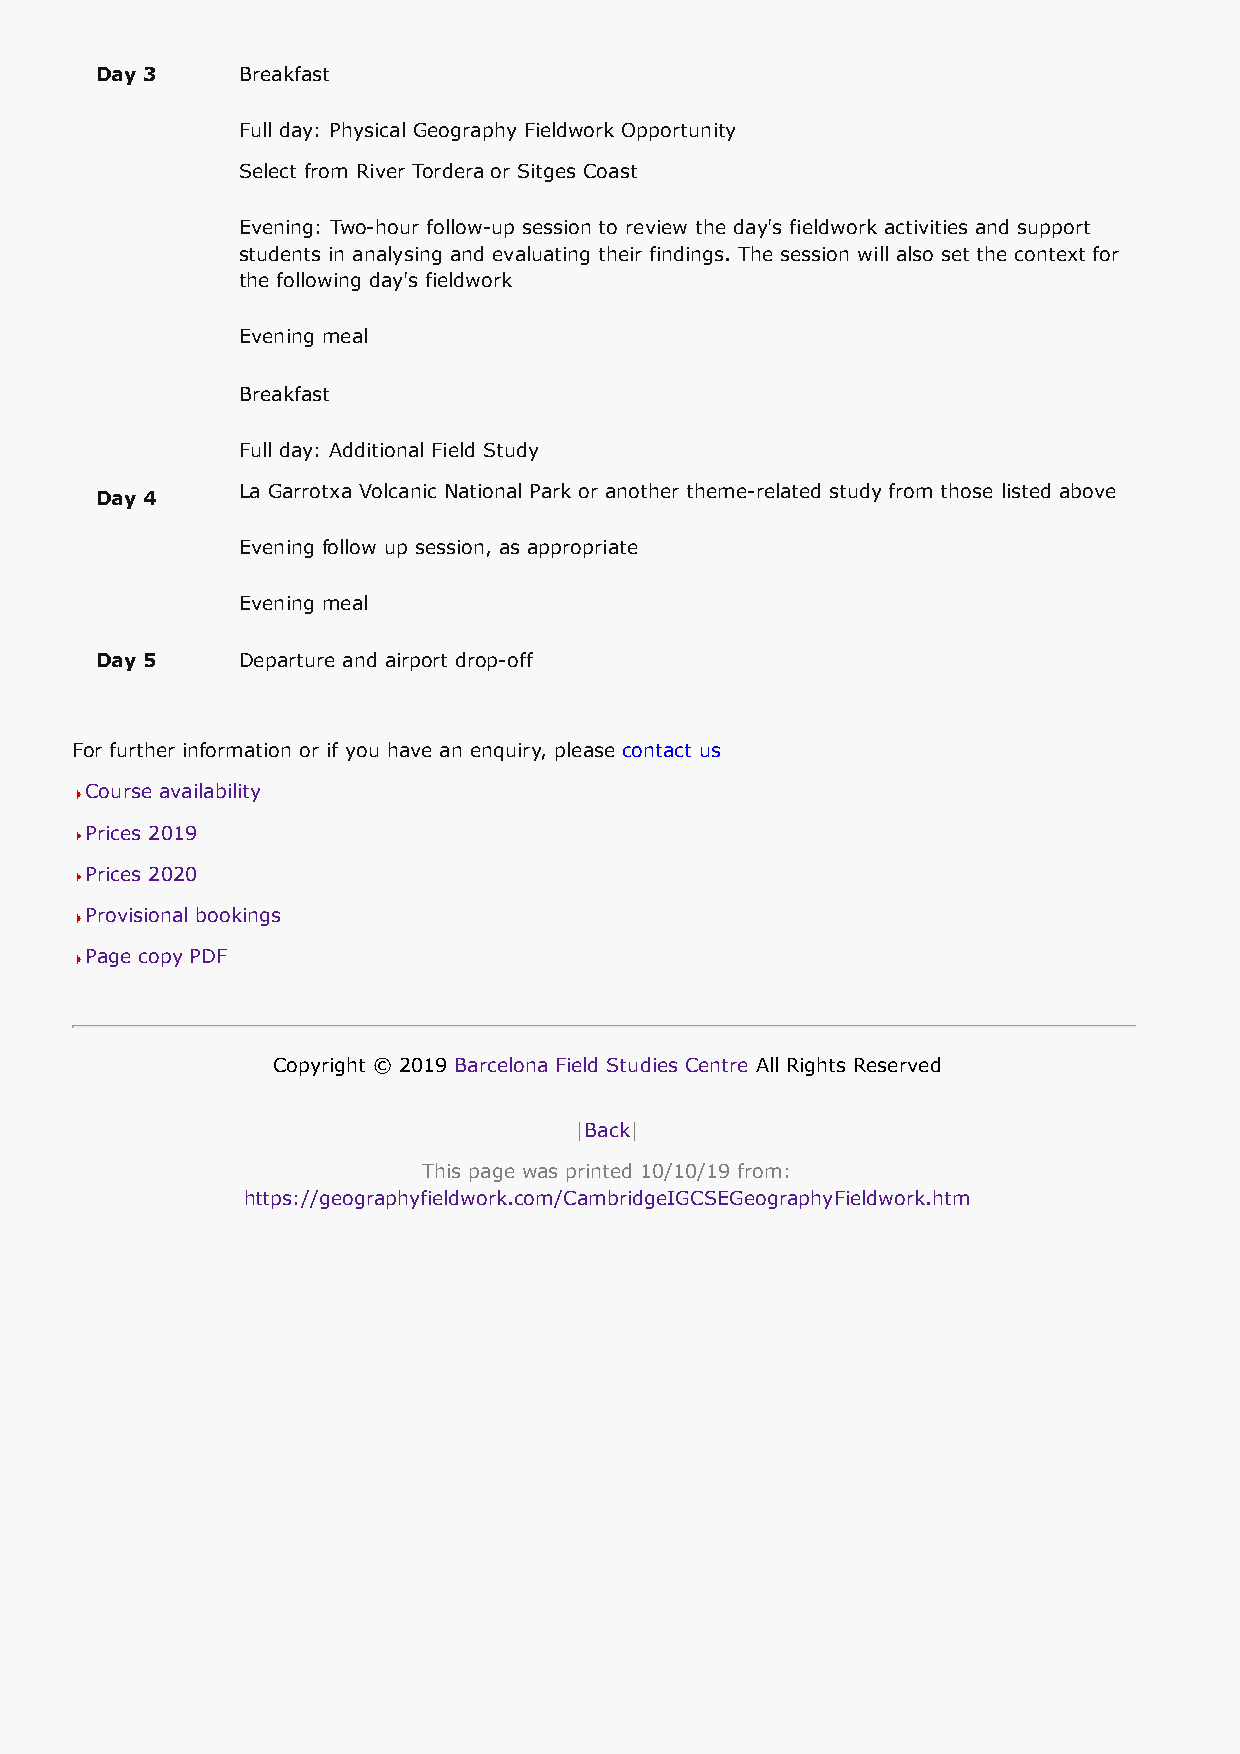
Day 3     Breakfast
 Full day: Physical Geography Fieldwork Opportunity
 Select from River Tordera or Sitges Coast
 Evening: Two-hour follow-up session to review the day's fieldwork activities and support
 students in analysing and evaluating their findings. The session will also set the context for
 the following day's fieldwork
 Evening meal
 Breakfast
 Full day: Additional Field Study
 La Garrotxa Volcanic National Park or another theme-related study from those listed above
 Day 4
 Evening follow up session, as appropriate
 Evening meal
 Day 5     Departure and airport drop-off
 For further information or if you have an enquiry, please contact us
 Course availability
 Prices 2019
 Prices 2020
 Provisional bookings
 Page copy PDF
 Copyright © 2019 Barcelona Field Studies Centre All Rights Reserved
 |Back|
 This page was printed 10/10/19 from:
 https://geographyfieldwork.com/CambridgeIGCSEGeographyFieldwork.htm